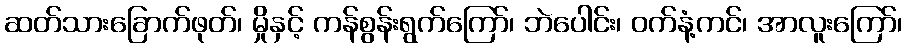
ဆတ်သားခြောက်ဖုတ်၊ မှိုနှင့် ကန်စွန်းရွက်ကြော်၊ ဘဲပေါင်း၊ ဝက်နံ့ကင်၊ အာလူးကြော်၊